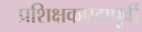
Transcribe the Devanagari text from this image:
प्रशिक्षकपदापूर्वी